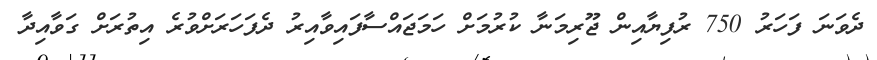
ދެވަނަ ފަހަރު 750 ރުފިޔާއިން ޖޫރިމަނާ ކުރުމަށް ހަމަޖައްސާފައިވާއިރު ދެފަހަރަށްވުރެ އިތުރަށް ގަވާއިދާ